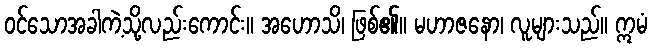
ဝင်သောအခါကဲ့သို့လည်းကောင်း။ အဟောသိ၊ ဖြစ်၏။ မဟာဇနော၊ လူများသည်။ ဣမံ